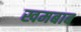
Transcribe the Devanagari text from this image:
खमबाब